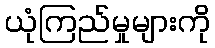
ယုံကြည်မှုများကို